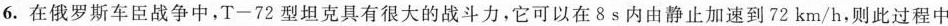
6. 在俄罗斯车臣战争中，T-72型坦克具有很大的战斗力，它可以在8s内由静止加速到72km/h，则此过程中